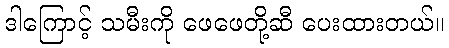
ဒါကြောင့် သမီးကို ဖေဖေတို့ဆီ ပေးထားတယ်။